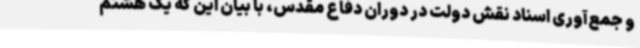
و جمع‌آوری اسناد نقش دولت در دوران دفاع مقدس، با بیان این که یک هشتم